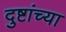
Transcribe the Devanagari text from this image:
दुष्टांच्या